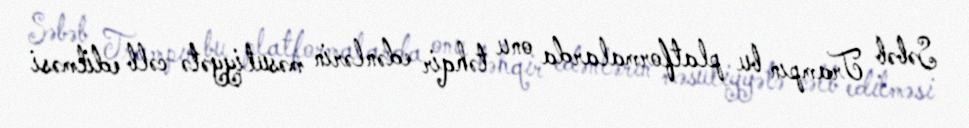
Səbəb Trampın bu platformalarda onu təhqir edənlərin məsuliyyətə cəlb edilməsi